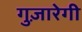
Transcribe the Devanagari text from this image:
गुज़ारेगी